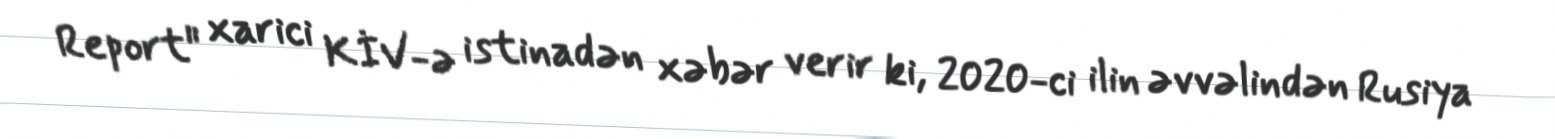
Report" xarici KİV-ə istinadən xəbər verir ki, 2020-ci ilin əvvəlindən Rusiya